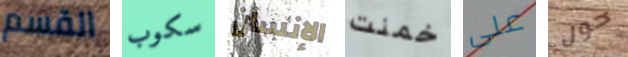
القسم سكوب الإنسان خمنت على حول